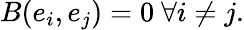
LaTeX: B(e_{i},e_{j})=0\ \forall i\neq j.